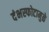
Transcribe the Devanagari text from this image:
दंभस्फोटामुळे